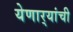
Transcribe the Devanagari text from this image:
येणार्‍यांची